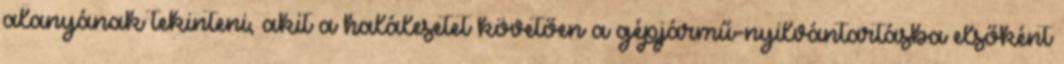
alanyának tekinteni, akit a halálesetet követően a gépjármű-nyilvántartásba elsőként